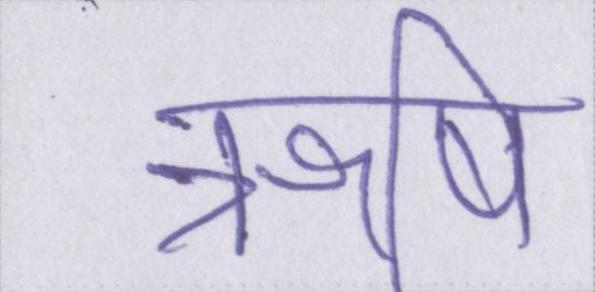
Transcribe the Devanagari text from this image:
ॠषि